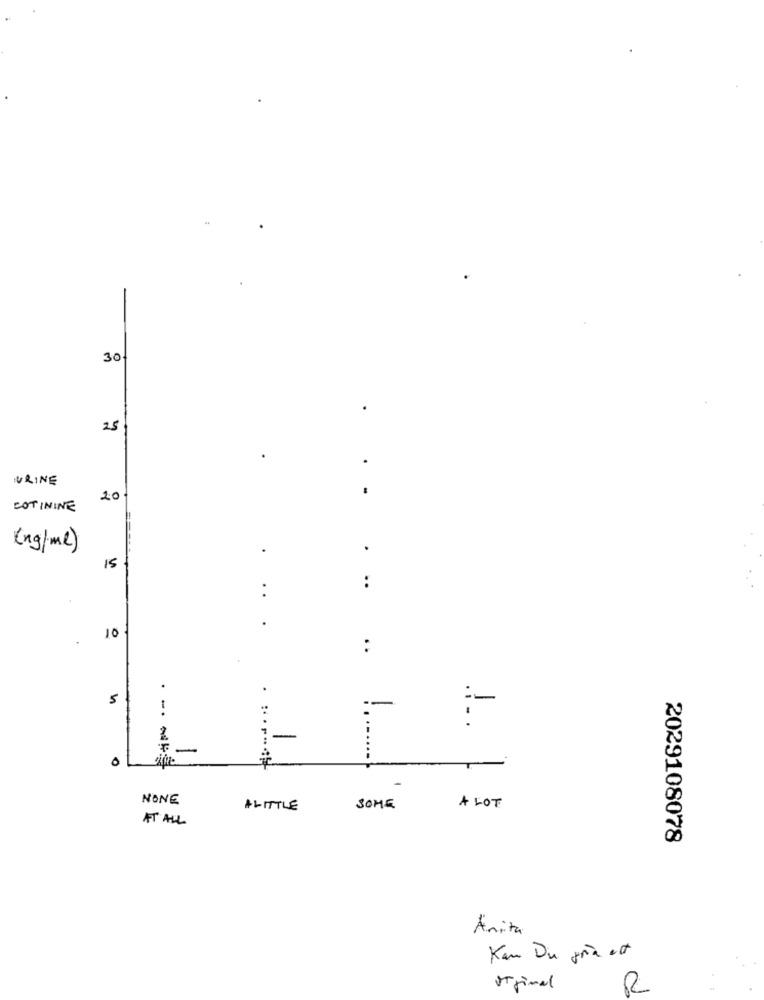
30
25
URINE
20
COTININE
(ng/ml)
.
15
:
..
10
:
.
5
1
-
-
NONE
ALITTLE
SOME
A LOT
AT ALL
2029108078
Anita
Kan Du prix et
orjinal
R